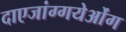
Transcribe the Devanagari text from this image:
दाएजांग्गयेओंग